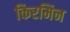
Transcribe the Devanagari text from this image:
किरमिन